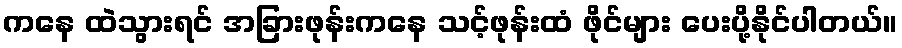
ကနေ ထဲသွားရင် အခြားဖုန်းကနေ သင့်ဖုန်းထံ ဖိုင်များ ပေးပို့နိုင်ပါတယ်။